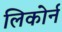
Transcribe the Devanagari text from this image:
लिकोर्न